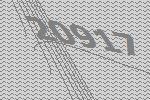
20917